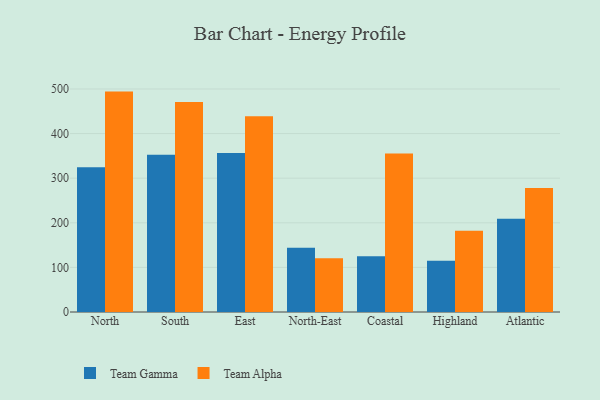
{"axis": {"x": "Region", "y": "Demand Index"}, "legend": ["Team Alpha", "Team Gamma"], "data": [{"x": "North", "y": 324.4, "type": "Team Gamma"}, {"x": "North", "y": 494.1, "type": "Team Alpha"}, {"x": "South", "y": 352.5, "type": "Team Gamma"}, {"x": "South", "y": 470.8, "type": "Team Alpha"}, {"x": "East", "y": 356.4, "type": "Team Gamma"}, {"x": "East", "y": 438.8, "type": "Team Alpha"}, {"x": "North-East", "y": 144.3, "type": "Team Gamma"}, {"x": "North-East", "y": 120.5, "type": "Team Alpha"}, {"x": "Coastal", "y": 124.8, "type": "Team Gamma"}, {"x": "Coastal", "y": 355.6, "type": "Team Alpha"}, {"x": "Highland", "y": 114.9, "type": "Team Gamma"}, {"x": "Highland", "y": 182.1, "type": "Team Alpha"}, {"x": "Atlantic", "y": 209.1, "type": "Team Gamma"}, {"x": "Atlantic", "y": 278.0, "type": "Team Alpha"}]}